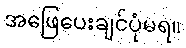
အဖြေပေးချင်ပုံမရ။